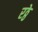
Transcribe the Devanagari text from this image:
रठ्ठे